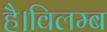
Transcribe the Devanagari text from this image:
है।विलम्ब